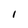
Character: l